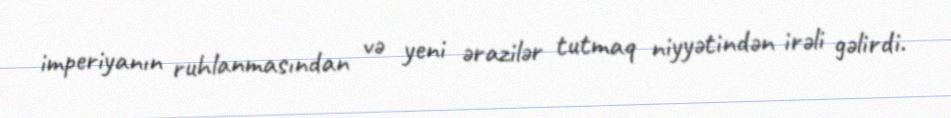
imperiyanın ruhlanmasından və yeni ərazilər tutmaq niyyətindən irəli gəlirdi.